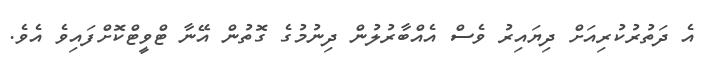
އެ ދަތުރުކުރިއަށް ދިޔައިރު ވެސް އެއްބާރުލުން ދިނުމުގެ ގޮތުން އޭނާ ޓްވީޓްކޮށްފައިވެ އެވެ.